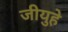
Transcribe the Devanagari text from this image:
जीयुहे